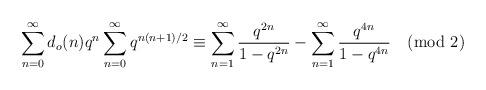
LaTeX: \begin{align*}\sum\limits_{n = 0}^{\infty}d_{o}(n)q^{n} \sum_{n = 0}^{\infty}q^{n(n+1)/2} \equiv \sum\limits_{n = 1}^{\infty} \frac{q^{2n}}{1 - q^{2n}} - \sum\limits_{n = 1}^{\infty} \frac{q^{4n}}{1 - q^{4n}} \pmod{2}\end{align*}